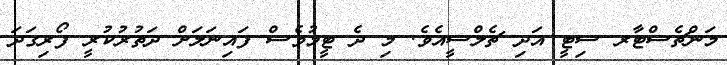
މަންޗެސްޓާރ ސިޓީ އަދި ޗެލްސީއެވެ. މި ދެ ޓީމުވެސް ފައިނަލަށް ދަތުރުކުރީ ފޯރިގަދަ